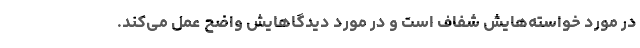
در مورد خواسته‌هایش شفاف است و در مورد دیدگاهایش واضح عمل می‌کند.